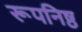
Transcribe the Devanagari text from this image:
रूपनिष्ठ